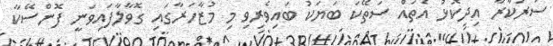
ސަރުކާރާ އިދިކޮޅު އެތައް ސަތޭކަ ބަޔަކު ބައިވެރިވި މި މުޒާހަރާގައި ގޮވާލާފައިވަނީ ފޮންސޭކާ